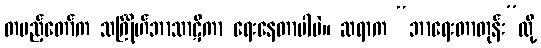
တပည့်တော်က သင်္ဂြိုဟ်ဘာသာဋီကာ ရေးနေတာပါပဲ။ ဆရာက “ဘာရေးတာတုန်း”လို့